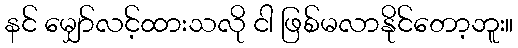
နင် မျှော်လင့်ထားသလို ငါ ဖြစ်မလာနိုင်တော့ဘူး။